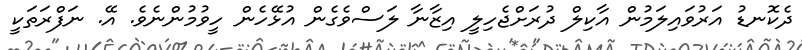
ދެކޮނޑު އަރުވައިލަމުން އާކިލް ދުރަށްޖެހިލީ އިޒާނާ ލަސްވެގެން އުޅޭހެން ހީވުމުންނެވެ. އޭ. ނަފްރަތަކީ